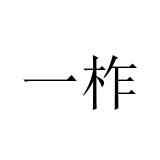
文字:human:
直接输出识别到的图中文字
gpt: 一柞